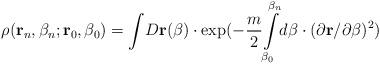
LaTeX: \begin{align*}\rho ({\bf r}_n,\beta _n;{\bf r}_0,\beta _0)={\int }D{\bf r}(\beta )\cdot\exp (-\frac m2{\int\limits_{\beta _0}^{\beta _n}}d\beta \cdot (\partial {\bf r}/\partial \beta )^2)\end{align*}